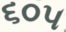
૬૦૫